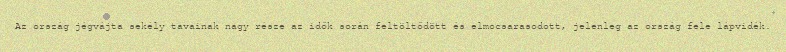
Az ország jégvájta sekély tavainak nagy része az idők során feltöltődött és elmocsarasodott, jelenleg az ország fele lápvidék.